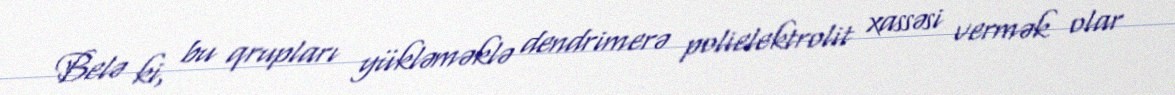
Belə ki, bu qrupları yükləməklə dendrimerə polielektrolit xassəsi vermək olar